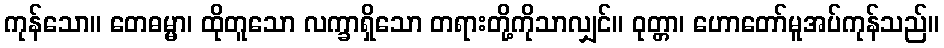
ကုန်သော။ တေဓမ္မာ၊ ထိုတူသော လက္ခာရှိသော တရားတို့ကိုသာလျှင်။ ဝုတ္တာ၊ ဟောတော်မူအပ်ကုန်သည်။